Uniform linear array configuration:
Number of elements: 8
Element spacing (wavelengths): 0.75
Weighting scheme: exponential
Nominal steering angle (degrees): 45
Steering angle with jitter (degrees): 45.36
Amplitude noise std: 0.05
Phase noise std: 0.05

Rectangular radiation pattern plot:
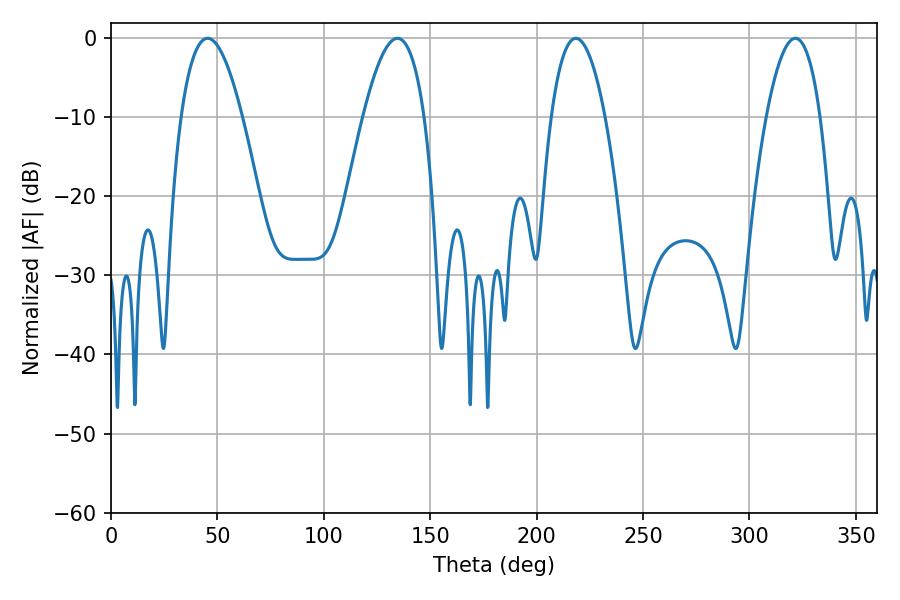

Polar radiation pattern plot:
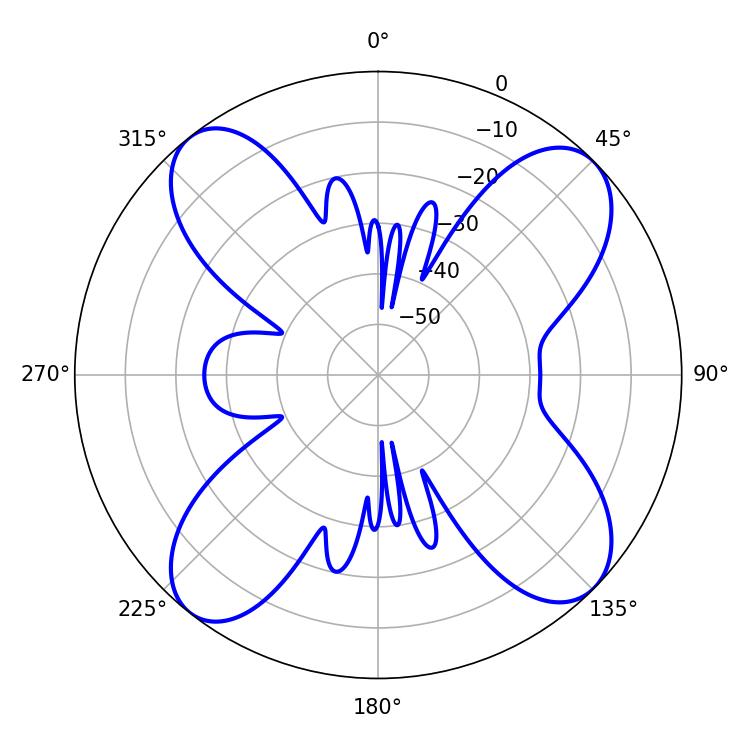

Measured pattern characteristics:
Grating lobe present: TRUE
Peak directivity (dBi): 13.037
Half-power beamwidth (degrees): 15.84
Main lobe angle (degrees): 45.36